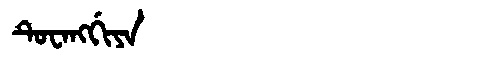
Manchu: ᡨᡠᠸᠠᠩᡤᡳᠶᠠ
Romanization: TUWANGGIYA